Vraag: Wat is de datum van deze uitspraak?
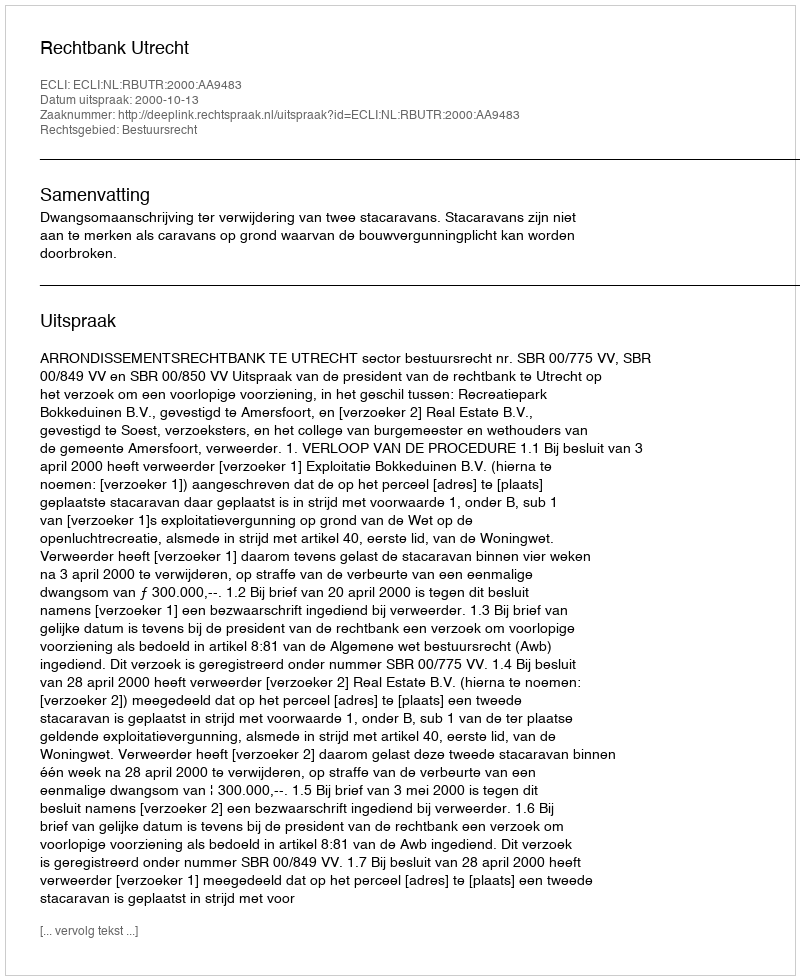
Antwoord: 2000-10-13